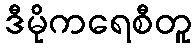
ဒီမိုကရေစီတူ